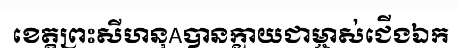
ខេត្តព្រះសីហនុAបានក្លាយជាម្ចាស់ជើងឯក